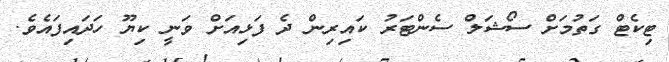
ޓިކެޓް ގަތުމަށް ސޯޝަލް ސެންޓަރު ކައިރިން ދެ ފަޅިއަށް ވަނީ ކިޔޫ ހަދައިފައެވެ.